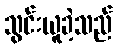
သွင်းယူခဲ့သည်